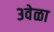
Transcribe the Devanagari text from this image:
३वेळा